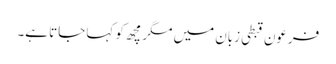
فرعون قبطی زبان میں مگرمچھ کو کہا جاتا ہے۔